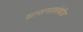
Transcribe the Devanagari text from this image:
शासनप्रबंधीय